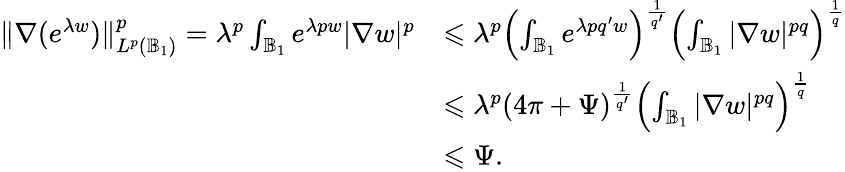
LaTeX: \begin{array}{rl}{\| \nabla(e^{\lambda w})\| _{L^{p}(\mathbb{B}_{1})}^{p}=\lambda^{p}\int_{\mathbb{B}_{1}}e^{\lambda pw}|\nabla w|^{p}}&{\leqslant\lambda^{p}\left(\int_{\mathbb{B}_{1}}e^{\lambda pq^{\prime}w}\right)^{\frac{1}{q^{\prime}}}\left(\int_{\mathbb{B}_{1}}|\nabla w|^{pq}\right)^{\frac{1}{q}}}\\ &{\leqslant\lambda^{p}\left(4\pi+\Psi\right)^{\frac{1}{q^{\prime}}}\left(\int_{\mathbb{B}_{1}}|\nabla w|^{pq}\right)^{\frac{1}{q}}}\\ &{\leqslant\Psi.}\end{array}